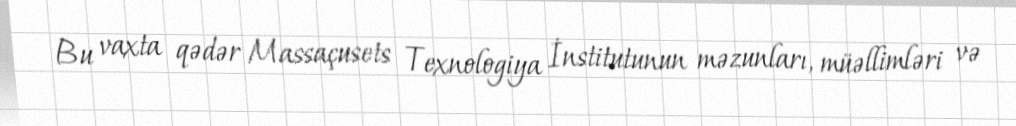
Bu vaxta qədər Massaçusets Texnologiya İnstitutunun məzunları, müəllimləri və